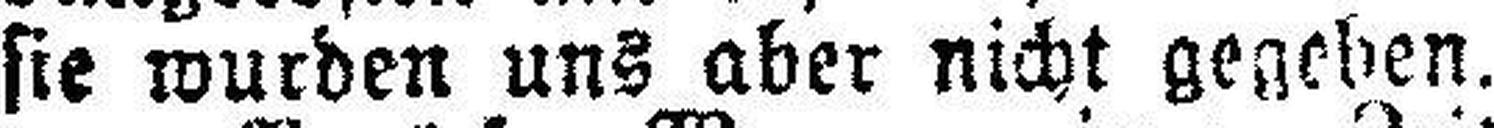
sie wurden uns aber nicht gegeben.